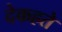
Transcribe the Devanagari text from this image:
देकहते